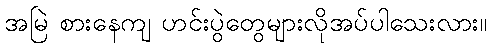
အမြဲ စားနေကျ ဟင်းပွဲတွေများလိုအပ်ပါသေးလား။